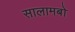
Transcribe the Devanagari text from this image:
सालामबो